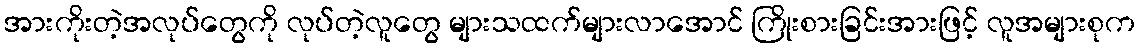
အားကိုးတဲ့အလုပ်တွေကို လုပ်တဲ့လူတွေ များသထက်များလာအောင် ကြိုးစားခြင်းအားဖြင့် လူအများစုက